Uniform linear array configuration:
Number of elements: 24
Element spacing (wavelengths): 0.5
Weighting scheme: hamming
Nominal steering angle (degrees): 0
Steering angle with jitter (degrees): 0.2657
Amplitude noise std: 0.05
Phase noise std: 0.05

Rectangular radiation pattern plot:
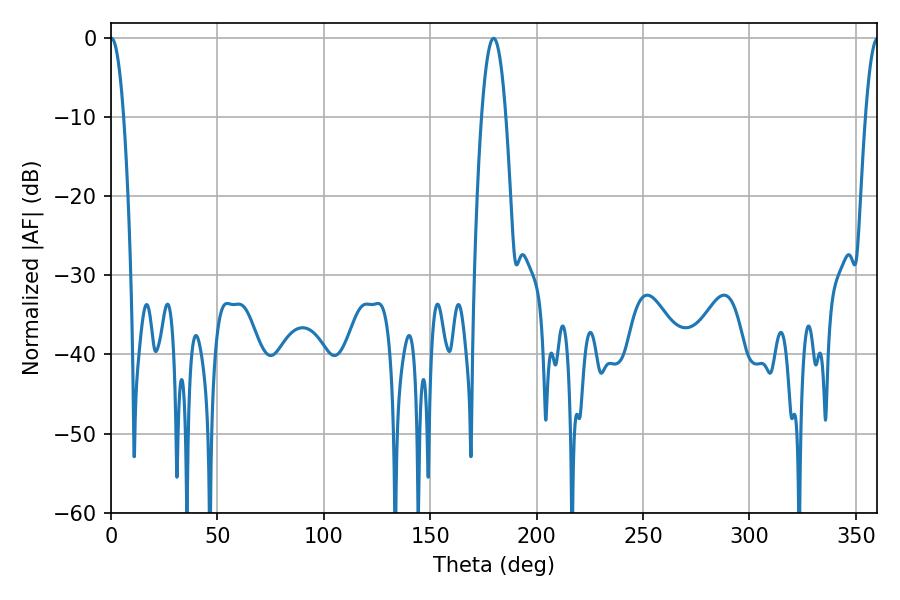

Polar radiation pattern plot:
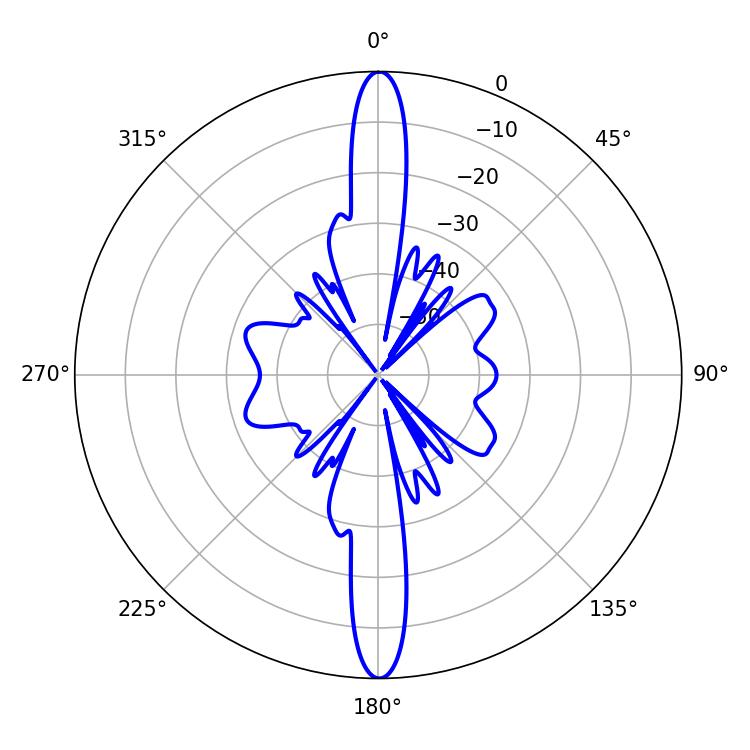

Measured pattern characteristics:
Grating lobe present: FALSE
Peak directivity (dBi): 34.792
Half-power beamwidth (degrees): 3.42
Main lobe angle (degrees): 0.18